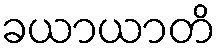
ခယာယာတိ